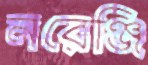
নরেঞ্জি